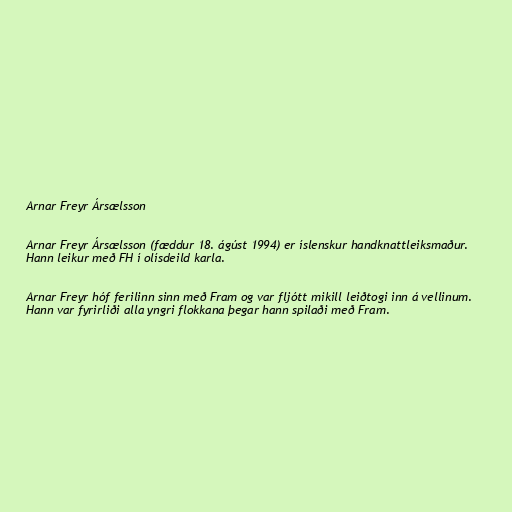
Arnar Freyr Ársælsson

Arnar Freyr Ársælsson (fæddur 18. ágúst 1994) er íslenskur handknattleiksmaður.
Hann leikur með FH í olísdeild karla.

Arnar Freyr hóf ferilinn sinn með Fram og var fljótt mikill leiðtogi inn á vellinum.
Hann var fyrirliði alla yngri flokkana þegar hann spilaði með Fram.